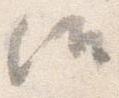
候